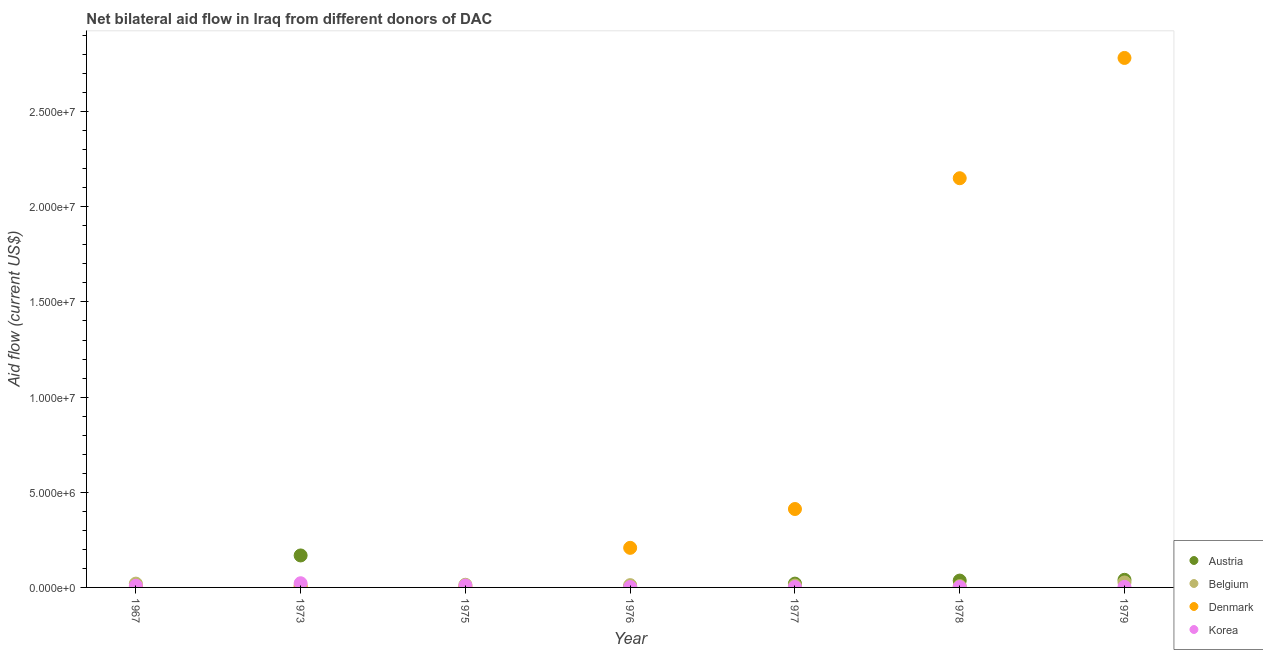
| Year | Austria | Belgium | Denmark | Korea |
 | --- | --- | --- | --- | --- |
 | 1967 | -6.8e+05 | 2e+05 | 3e+04 | 9e+04 |
 | 1973 | 1.68e+06 | 1e+05 | 2e+04 | 2.2e+05 |
 | 1975 | -5e+04 | 1.4e+05 | 3e+04 | 1e+05 |
 | 1976 | 3e+04 | 1.2e+05 | 2.08e+06 | 2e+04 |
 | 1977 | 2e+05 | 1e+05 | 4.12e+06 | 2e+04 |
 | 1978 | 3.6e+05 | 7e+04 | 2.15e+07 | 2e+04 |
 | 1979 | 4e+05 | 2.6e+05 | 2.78e+07 | 3e+04 |